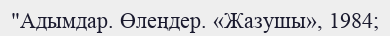
"Адымдар. Өлеңдер. «Жазушы», 1984;